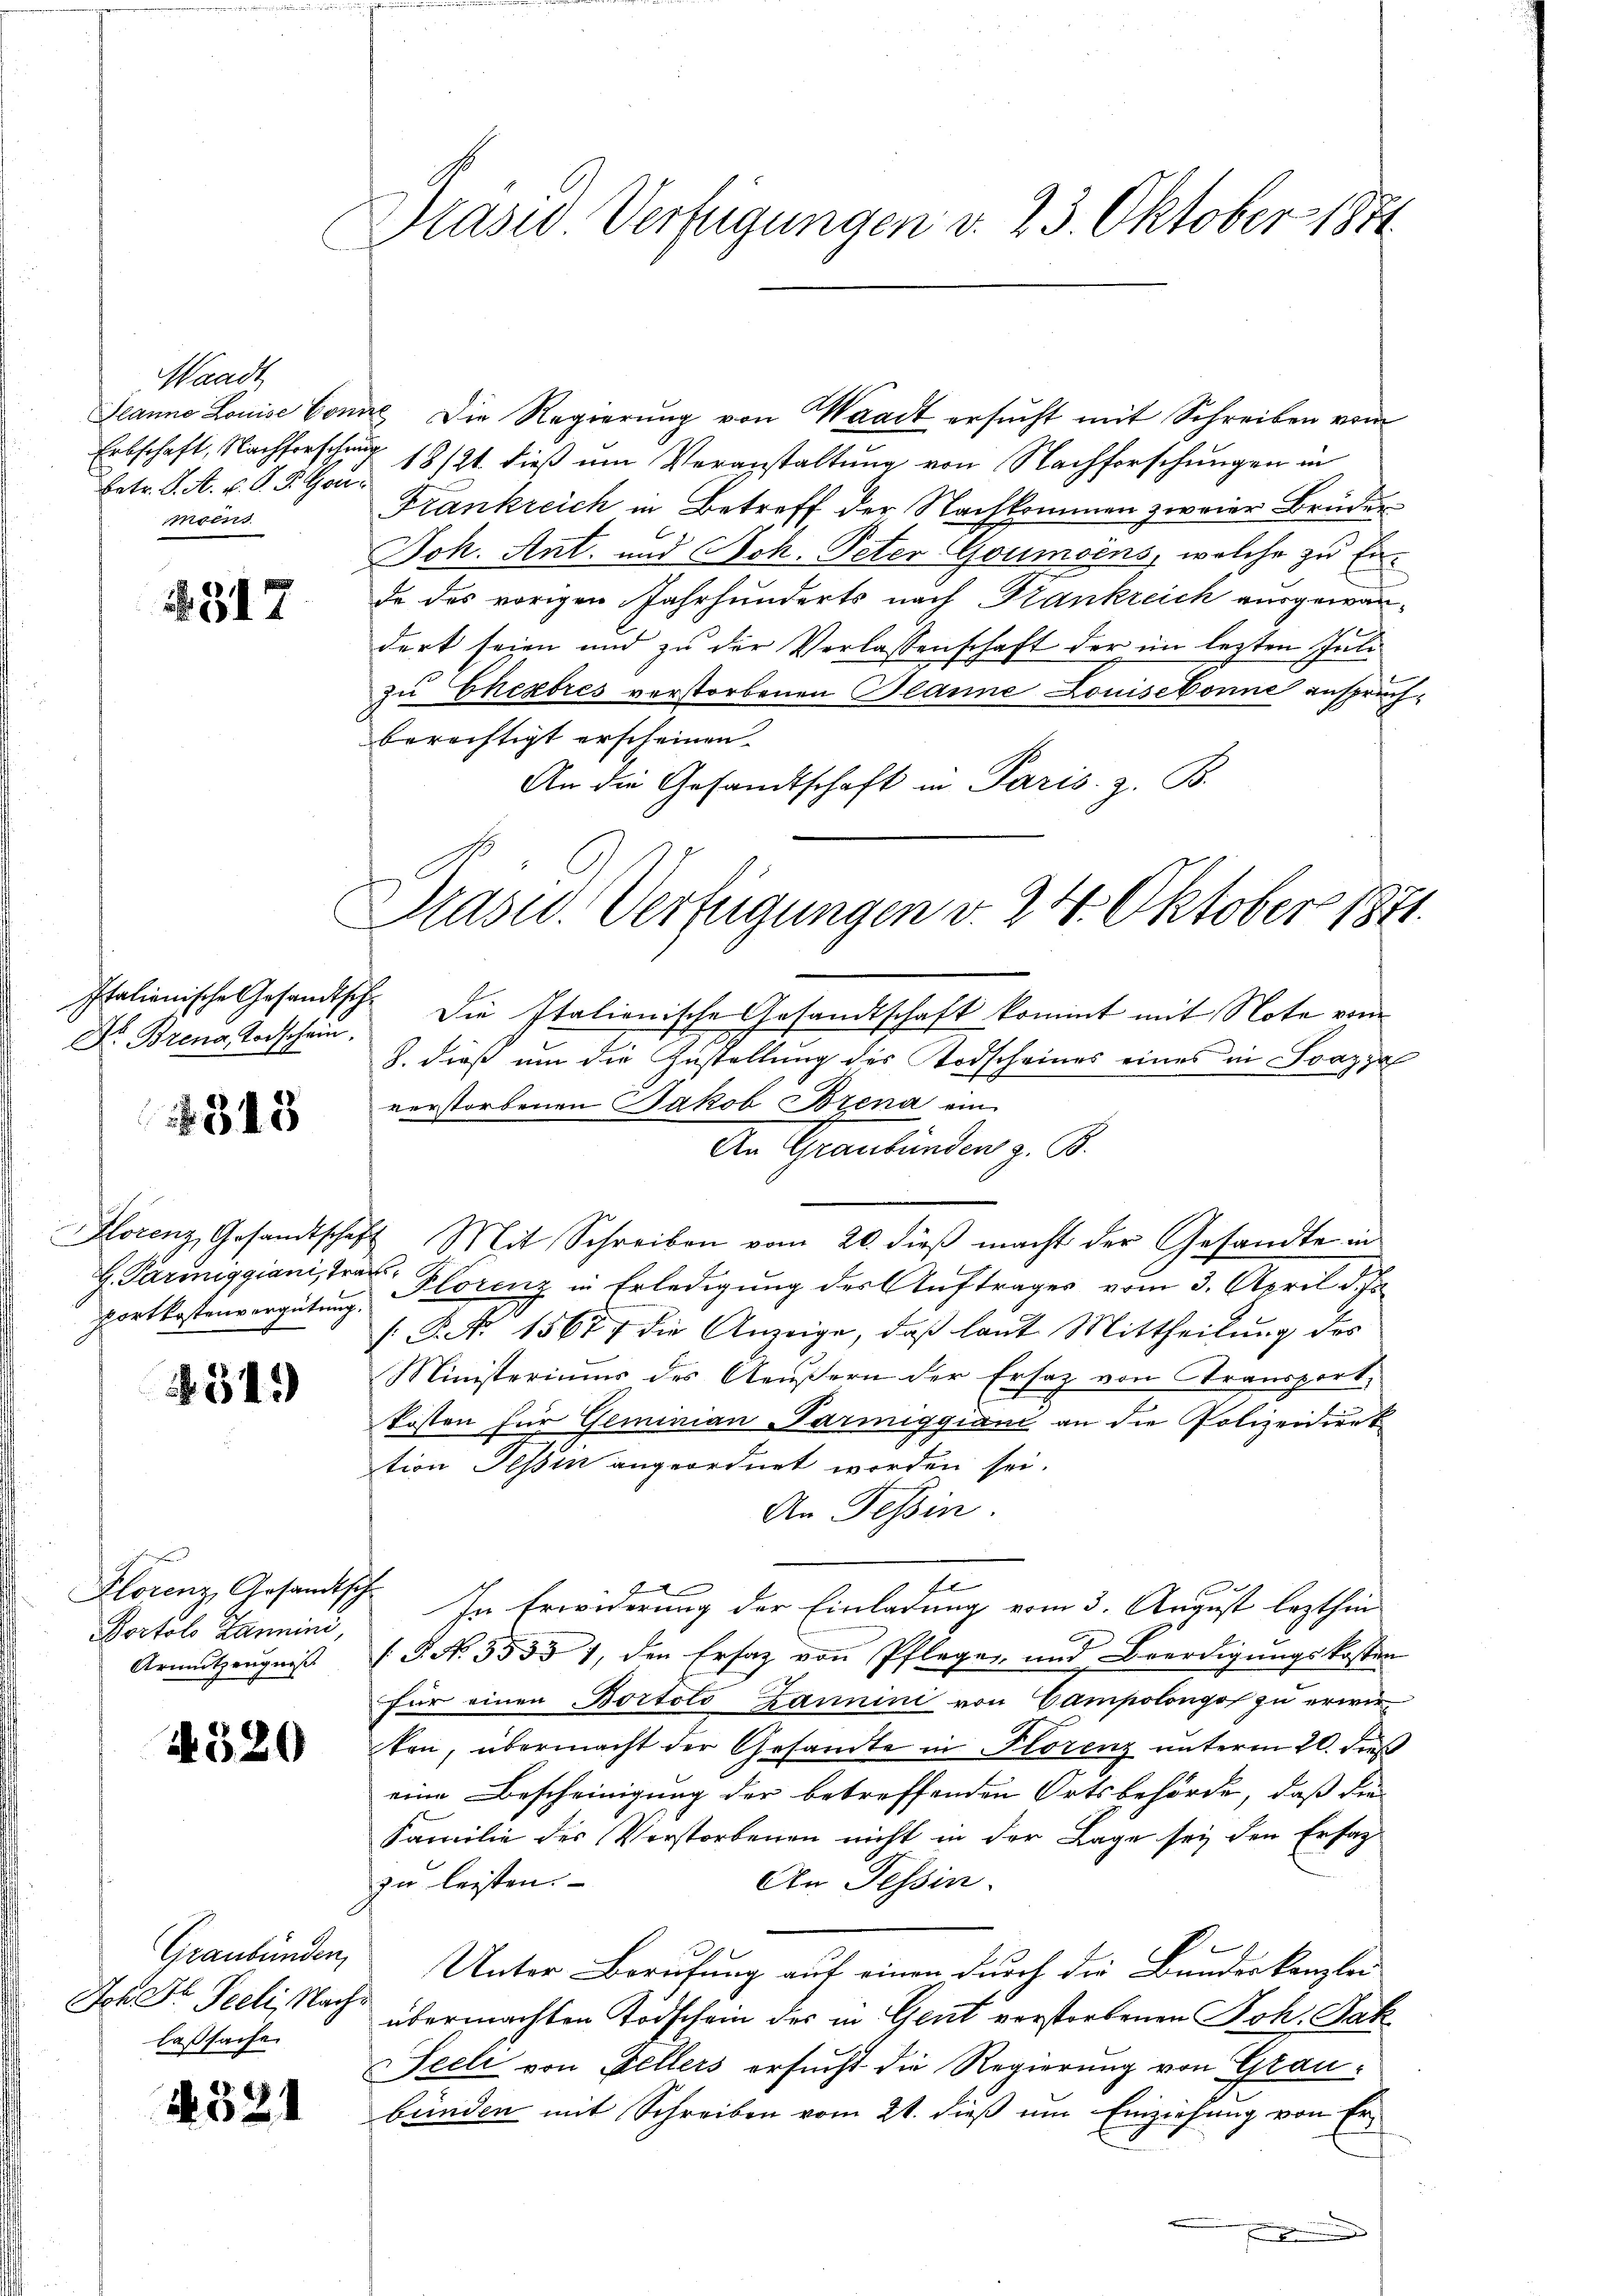
Waadt
Betr. K. A. v. P. P. Gonmsens

1317

Dr Brena, Todschein,
313

Hlorenz, Gesandtschaf
H. Parmiggiani, Trauportkostenvergütung.

254.

Florenz, Gesandtsche
Portolo Hannini,
Armutzeugniß

4520

Graubünden,
Joh Dr. Seeli, Nach
laßsache

N 521

Präses Verfügungen v. 23. Oktober 1891

Jeanno Louise Conne die Regierŭng von Waadt ersŭcht mit Schreiben vom
Erbschaft, Nachforschung 18/21. dieß um Veranstaltung von Nachforschungen in
Frankreich in Betreff der Nachkommen zweier Brüder
Joh. Ant. und Joh. Peter Goumoins, welche zu En¬
Ir das vorigen Jahrhunderts nach Krankreich ausgewandert seien und zu der Verlassenschaft der im lezten Julizu Cherbres verstorbenen Planne Louisebonne anspruchberechtigt erscheinen.
An die Gesandtschaft in Paris. z. B.

Präsid. Verfügungen v. 24. Oktober 1871.

Italienische Gesandtsche die Italienische Gesandtschaft kommt mit Note vom
8. dieß um die Zustellung des Todscheines eines in Soazza
verstorbenen Jakob Brena ein
An Graubünden z. B.
7 Mit Schreiben vom 20. dieβ macht der Gesandte in
Florenz in Erledigung des Auftrages vom 3. April d. Js.
/. P. Nr. 1567 die Anzeige, daß laut Mittheilung des
Ministeriums des Aeußern der Ersatz von Transport,
kosten für Geminian Parmiggiani an die Polizeidirek
tion Tessin angeordnet worden sei.
An Tessin.
fl
f
In Erwiderung der Einladung vom 3. August lezthin
(G. N. 5553 1, den Ersatz von Pfleger und Beerdigŭngskosten
für einen Bortolo Bannini von Campolongof zu erwirkon, übermacht der Gesandte in Florenz unterm 20. dieß
eine Bescheinigung der betreffenden Ortsbehörde, daß die
Familie des Verstorbenen nicht in der Lage sey den Ersag
zu leisten.
An Tessin.
Unter Berufung auf einen durch die Bundeskanzlei
übermachten Todschein des in Gent verstorbenen Joh. Jak
eeli von Fellers ersucht die Regierung von Graubünden mit Schreiben vom 21. dieß um Einziehung von Er¬
.